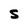
Character: s